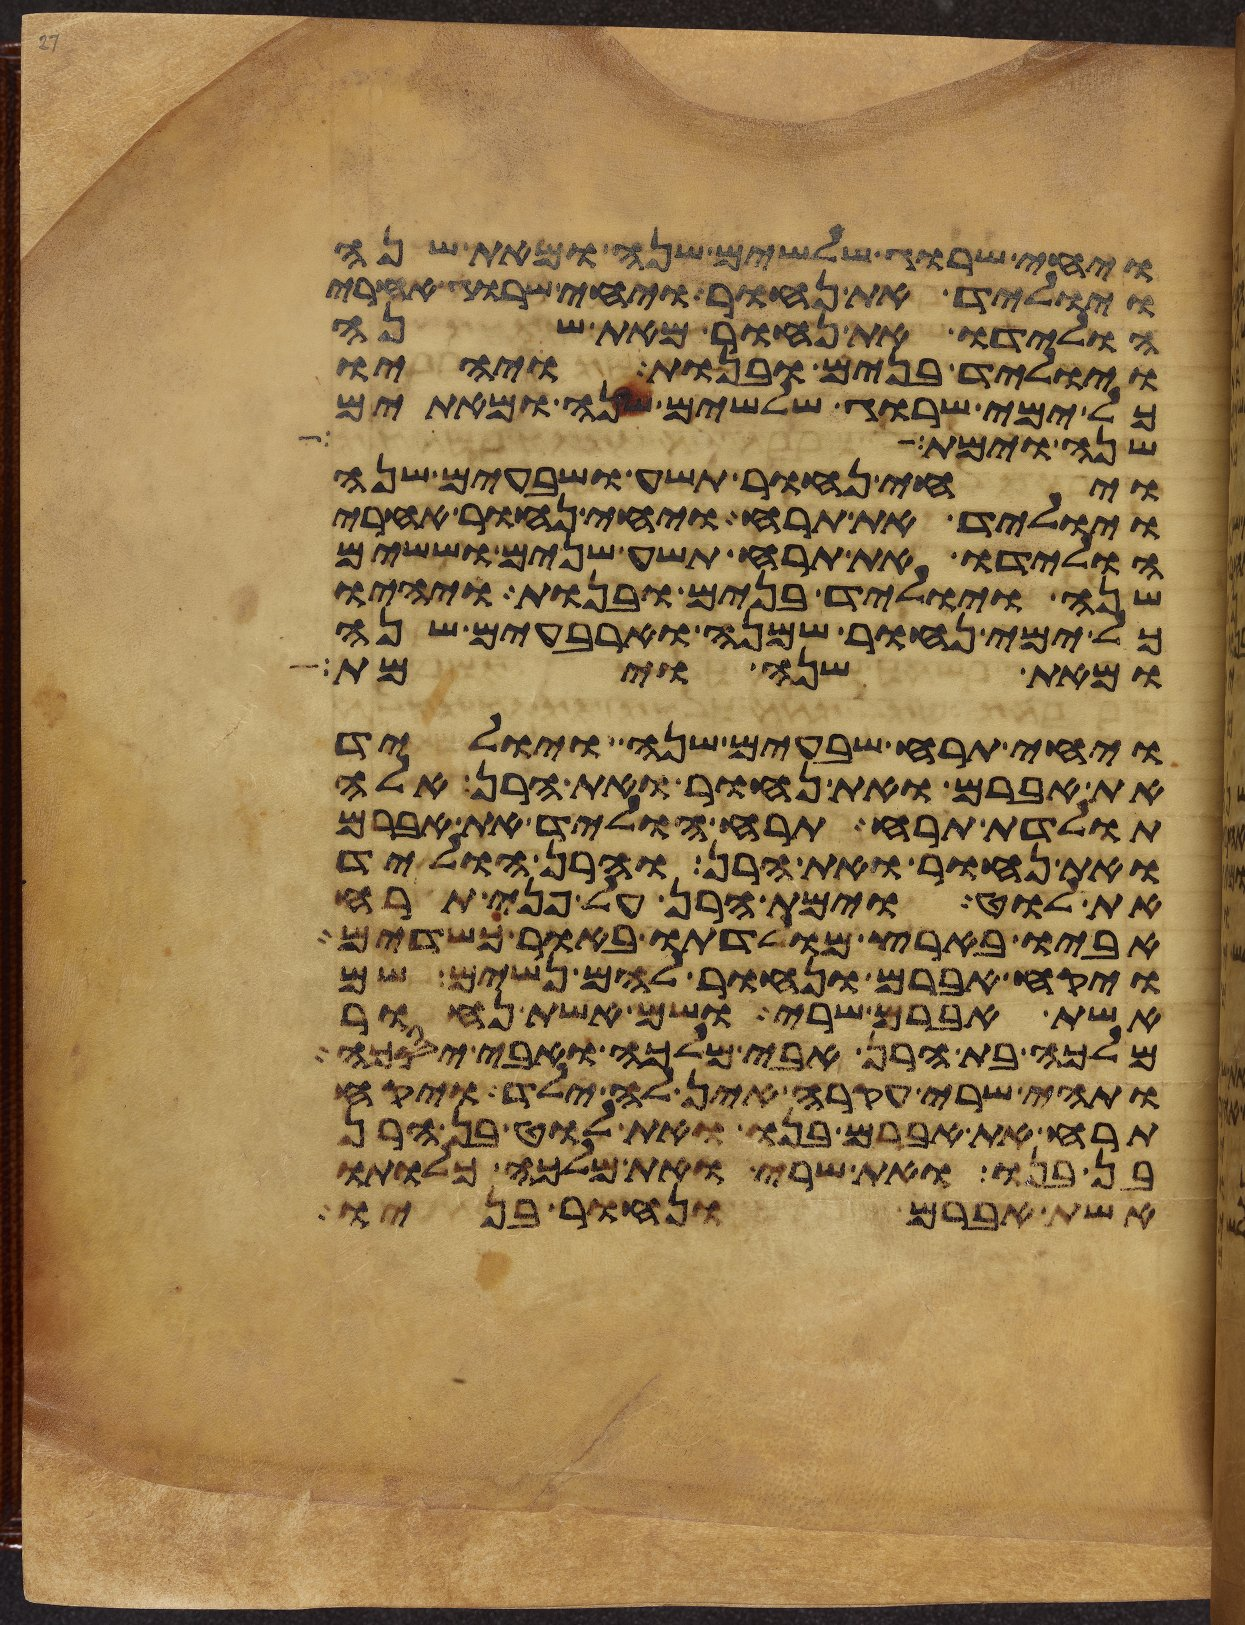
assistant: ויחי שרוג שלשים שנה ומאת שנה
ויוליד את נחור ויחי שרוג אחרי
הולידו את נחור מאת שנה
ויוליד בנים ובנות ויהיו
כל ימי שרוג שלשים שנה ומאתים
שנה וימת
ויחי נחור תשע ושבעים שנה
ויוליד את תרח ויחי נחור אחרי
הולידו את תרח תשע שנים וששים
שנה ויוליד בנים ובנות ויהיו
כל ימי נחור שמנה וארבעים שנה
ומאת שנה וימת
ויחי תרח שבעים שנה ויוליד
את אברם ואת נחור ואת הרן אלה
תולדת תרח תרח הוליד את אברם
ואת נחור ואת הרן והרן הוליד
את לוט וימת הרן על פני תרח
אביו בארץ מולדתו באור כשדים
ויקח אברם ונחור להם נשים שם
אשת אברם שרי ושם אשת נחור
מלכה בת הרן אבי מלכה ואבי יסכה
ותהי שרי עקרה אין לה ילד ויקח
תרח את אברם בנו ואת לוט בן הרן
בן בנו ואת שרי ואת מלכה כלותו
אשת אברם ונחור בניו